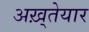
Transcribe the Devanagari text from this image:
अख़्तेयार